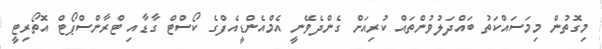
މިގޮތުން މިމަސައްކަތު ބައްދަލުވުންތައް ކުރިއަށް ގެންދެވޭނީ އެމްއެންޑީއެފްގެ ކޯސްޓް ގާޑާއި ޓްރާންސްޕޯޓް އޮތޯރިޓީ